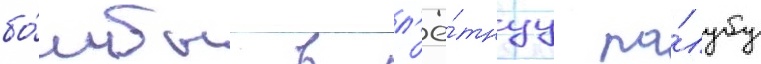
бо́мбы в л'ё́тнуу па́лубу